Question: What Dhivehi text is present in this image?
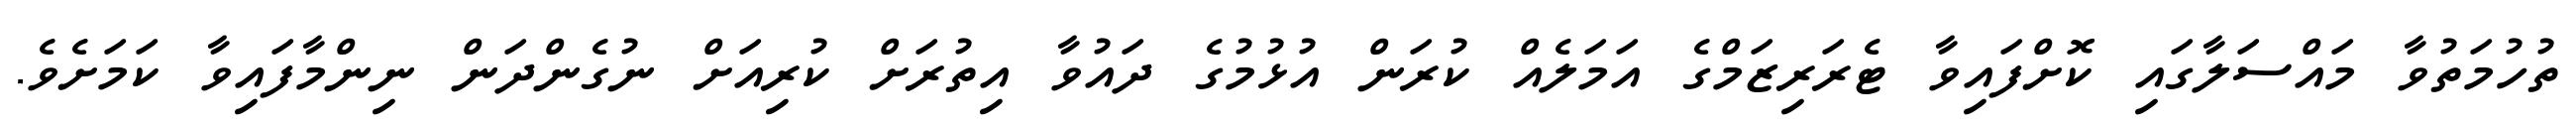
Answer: ތުހުމަތުވާ މައްސަލާގައި ކޮށްފައިވާ ޓެރަރިޒަމްގެ އަމަލެއް ކުރަން އުޅުމުގެ ދައުވާ އިތުރަށް ކުރިއަށް ނުގެންދަން ނިންމާފައިވާ ކަމަށެވެ.